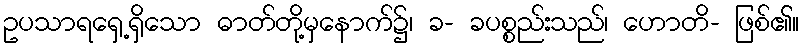
ဥပသာရရှေ့ရှိသော ဓာတ်တို့မှနောက်၌၊ ခ- ခပစ္စည်းသည်၊ ဟောတိ- ဖြစ်၏။